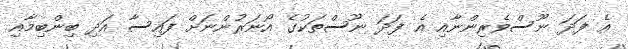
އެ ފަދަ ނޫސްވެރިންނާއި އެ ފަދަ ނޫސްތަކުގެ އޯނަރުންނަށް ފައިސާ އަދި ބިންބިމާއި